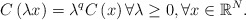
\begin{align*}C\left( \lambda x\right) =\lambda^{q}C\left( x\right) \forall\lambda\geq0,\forall x\in\mathbb{R}^{N}. \end{align*}